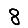
Digit: 8